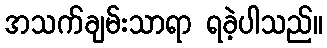
အသက်ချမ်းသာရာ ရခဲ့ပါသည်။